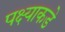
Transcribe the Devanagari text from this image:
पक्ष्याकडे